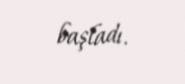
başladı.